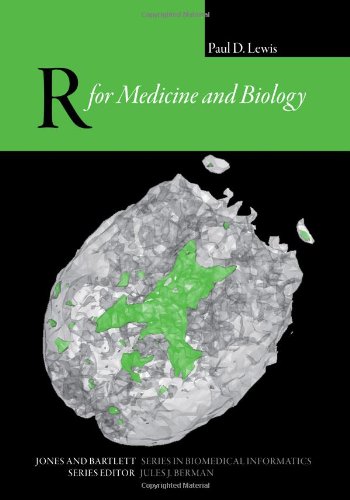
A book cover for R for Medicine and Biology (Jones and Bartlett Series in Biomedical Informatics); Paul D. Lewis; Medical Books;